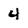
Character: 4